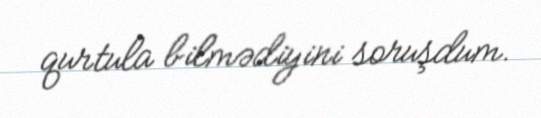
qurtula bilmədiyini soruşdum.